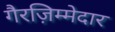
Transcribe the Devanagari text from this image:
गैरज़िम्मेदार